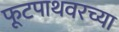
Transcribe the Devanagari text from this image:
फूटपाथवरच्या